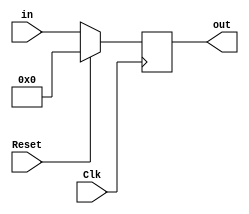
`timescale 1ns / 1ps



module EXMEReg(Reset,Clk,in,out);
input Reset;
input Clk;
input [145:0]in;
output reg [145:0]out;
always@(posedge Clk)begin
if(Reset)begin
out<=146'd0; 
end 
else begin 
out<=in; 
end 
end 
endmodule